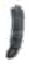
אות: י